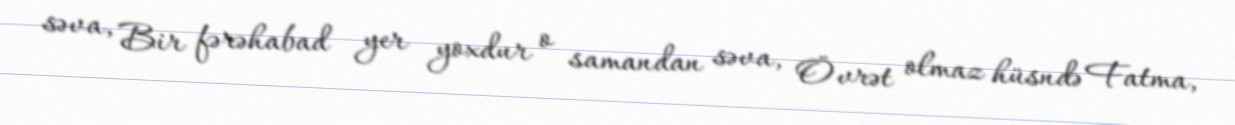
səva, Bir fərəhabad yer yoxdur o samandan səva, Övrət olmaz hüsndə Fatma,